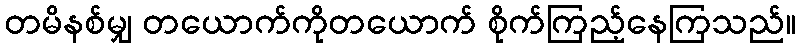
တမိနစ်မျှ တယောက်ကိုတယောက် စိုက်ကြည့်နေကြသည်။